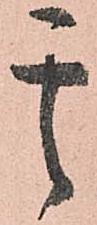
其